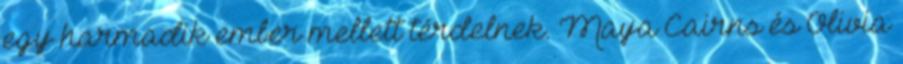
egy harmadik ember mellett térdelnek. Maya Cairns és Olivia